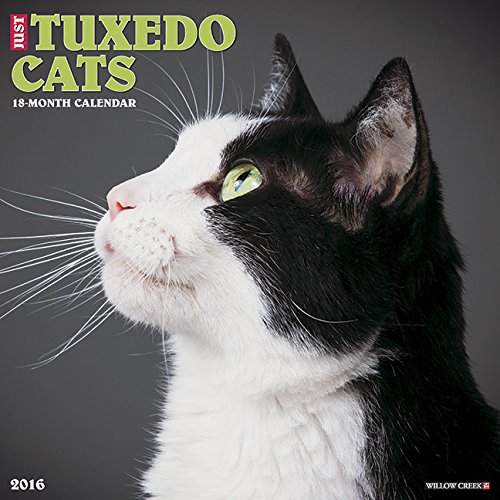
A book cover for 2016 Just Tuxedo Cats Wall Calendar; Willow Creek Press; Calendars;